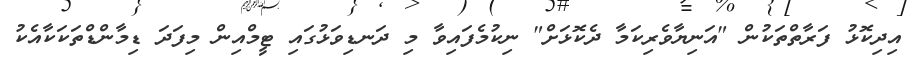
އިދިކޮޅު ފަރާތްތަކުން "އަނިޔާވެރިކަމާ ދެކޮޅަށް" ނިކުމެފައިވާ މި ދަނޑިވަޅުގައި ޓީމްއިން މިފަދަ ޑިމާންޑްތަކަކާއެކު